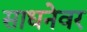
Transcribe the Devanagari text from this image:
साधनेवर